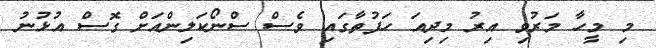
މި މީހާ މަރުވި އިރު މިދިއަ ހަފުތާގައި ވެސް ސްނޯކަލިންއަށް ގޮސް އުޅުނު